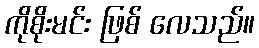
ကိုစိုးမင်း ဖြစ် လေသည်။